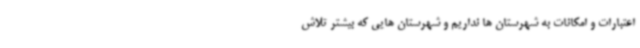
اعتبارات و امکانات به شهرستان ها نداریم و شهرستان هایی که بیشتر تلاش